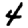
Digit: 4